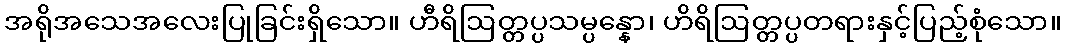
အရိုအသေအလေးပြုခြင်းရှိသော။ ဟီရိဩတ္တပ္ပသမ္ပန္နော၊ ဟိရိဩတ္တပ္ပတရားနှင့်ပြည့်စုံသော။